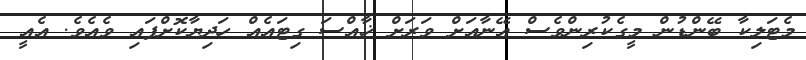
މެޓަލިކާ ބޭންޑުން މީގެކުރިންވެސް އޭނާއަށް ވަރަށް ޚާއްސަ ގިޓައެއް ހަދިޔާކޮށްފައި ވެއެވެ. އެއީ